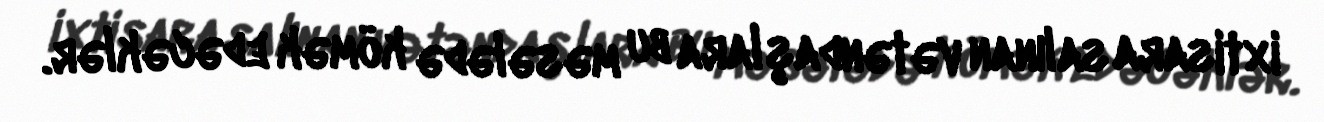
ixtisara salınan vətəndaşlara bu məsələdə kömək edəcəklər.